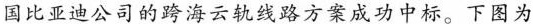
国比亚迪公司的跨海云轨线路方案成功中标。下图为